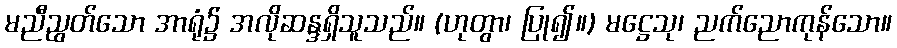
မညီညွတ်သော အာရုံ၌ အလိုဆန္ဒရှိသူသည်။ (ဟုတွာ၊ ပြု၍။) မဋ္ဌေသု၊ ညက်ညောကုန်သော။